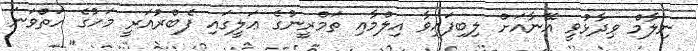
ނިލާމް ވިދާޅުވީ އޭނާއަށް ލިބިފައިވާ އިލްމާއި ތަމްރީނުގެ ޢަލީގައި ފެބްރުއަރީ މަހުގެ ހަތްވަނަ